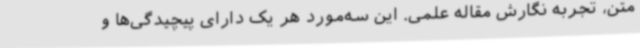
متن، تجربه نگارش مقاله علمی. این سه‌مورد هر یک دارای پیچیدگی‌ها و